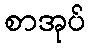
စာအုပ်